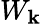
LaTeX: W_{\mathbf{k}}